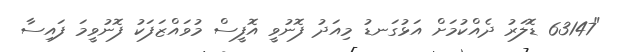
"63147 ޑޮލަރު ދެއްކުމަށް އަޅުގަނޑު މިއަދު ފޮނުވީ އޮފީސް މުވައްޒަފަކު ފޮނުވީމަ ފައިސާ